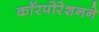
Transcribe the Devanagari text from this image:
काॅरपोरेशनने